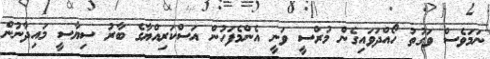
ނަމަވެސް ވަގުތު ހޯއްދަވައިގެން މުރްސީ ވަނީ އެންމެފަހުން އަސްކަރިއްޔާގެ ބާރު ސިޔާސީ މައިދާނުން